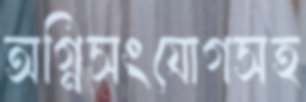
অগ্নিসংযোগসহ